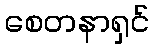
စေတနာရှင်